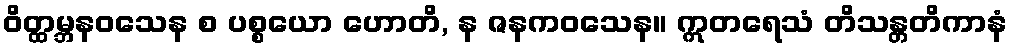
ဝိတ္ထမ္ဘနဝသေန စ ပစ္စယော ဟောတိ, န ဇနကဝသေန။ ဣတရေသံ တိသန္တတိကာနံ